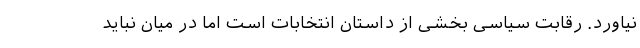
نیاورد. رقابت سیاسی بخشی از داستان انتخابات است اما در میان نباید